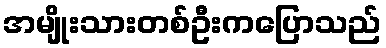
အမျိုးသားတစ်ဦးကပြောသည်